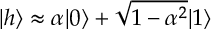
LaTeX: | h \rangle \approx \alpha | 0 \rangle + \sqrt { 1 - \alpha ^ { 2 } } | 1 \rangle